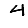
Digit: 4